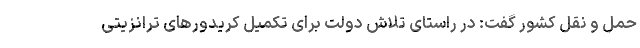
حمل و نقل کشور گفت: در راستای تلاش دولت برای تکمیل کریدورهای ترانزیتی